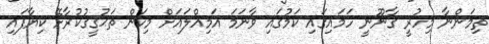
ތިމަންނާ މިހުރީ ގާނޫނީ ހަމައިގައި ކަމުގައި ވާނަމަ އަމިއްލައަށް މިކަން ތަޙުގީގުކުރާށޭ ކިޔާފައި